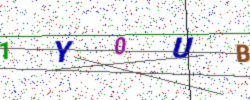
Text: 1Y0UB